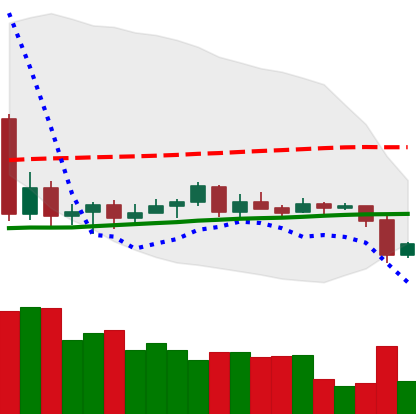
Ticker: LTC-USD
Chart end date: 2020-09-22
Forward return: 3.472%
Label: up_3_5